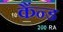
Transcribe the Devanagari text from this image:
कैंन्ड